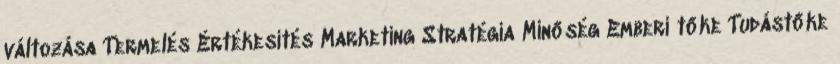
változása Termelés Értékesítés Marketing Stratégia Minőség Emberi tőke Tudástőke